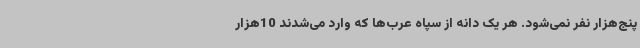
پنج‌هزار نفر نمی‌شود. هر یک دانه از سپاه عرب‌ها که وارد می‌شدند 10هزار